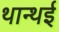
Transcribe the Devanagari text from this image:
थान्थई